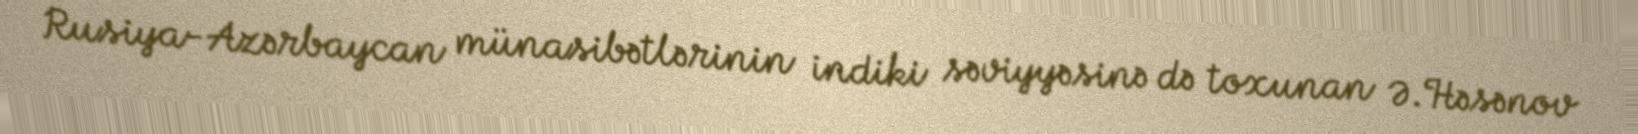
Rusiya-Azərbaycan münasibətlərinin indiki səviyyəsinə də toxunan Ə.Həsənov